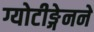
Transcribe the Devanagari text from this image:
ग्योटीङ्गेनने